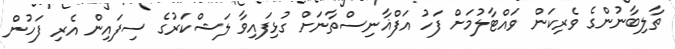
ތާލިބާނުންގެ ވެރިކަން ވައްޓާލުމަށް ފަހު އަފްޣާނިސްތާނަށް ގުޅިފައިވާ ލަޝްކަރުގެ ސިފައިން އެރި ފަހުން